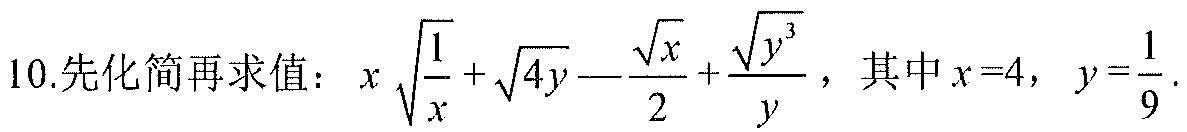
10.先化简再求值：$x\sqrt{\dfrac{1}{x}}+\sqrt{4y}-\dfrac{\sqrt{x}}{2}+\dfrac{\sqrt{y^{3}}}{y}$，其中$x = 4$，$y=\dfrac{1}{9}$.